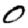
Digit: 0